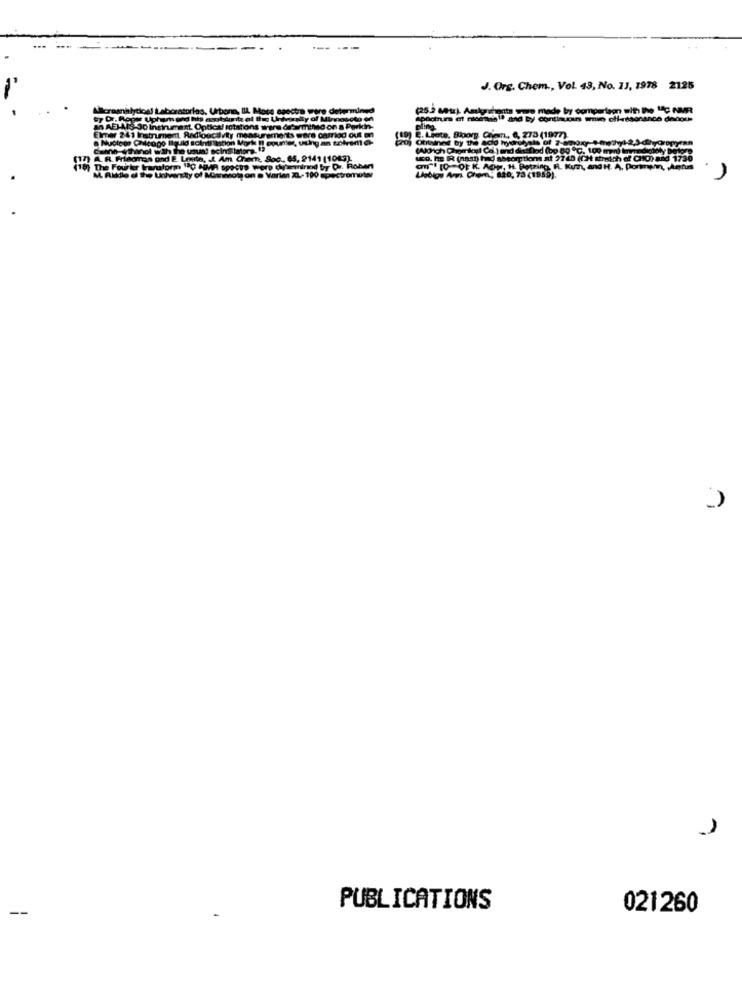
J. Org. Chem ., Vol. 43, No. 11, 1978 2125
30 Indir
adloac
otatons mire difamm
Camrind out on
Id on a Parkin
Ing.
Elmer 241 Instrume
Red
2. Liete, Bioorg. Cher, 6, 273 (1977).
(Aldrich Qhamdoul Co ) and dassfind (bo 80 ℃. 100 mn) im
ARP
in. L. Am Cham, Soc .. 65, 2141 (1043)
uco. he IR (nat) had absorptions at 2740 (CH sheich ef CHO) and 1730
The Fourtr kwuform "C AMP
M. Aldo d the Un
were dy'smind by Dr. Robert
by Dr. Robert
an ! [0-OF K. A0g, H. Betzing R. Kum, and H. A, Porpm, Aghus
Llobion Am Chem, 820, 73 (1989)
1
--
PUBLICATIONS
021260